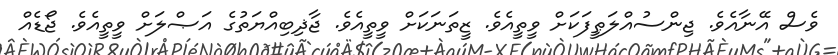
ވެސް އޭނާއެވެ. ޖިންސުއްލަޠީފަކަށް ވީތީއެވެ. ޒީތަނަކަށް ވީތީއެވެ. ޖާޛިބިއްޔަތުގެ އަޞްލަށް ވީތީއެވެ. ޖޯޑެއް